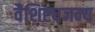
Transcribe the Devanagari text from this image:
वैशिष्ट्यजन्य